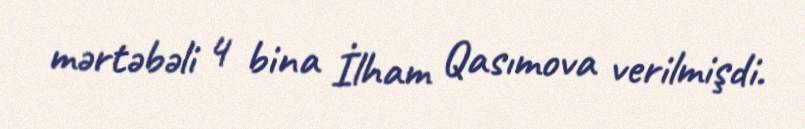
mərtəbəli 4 bina İlham Qasımova verilmişdi.